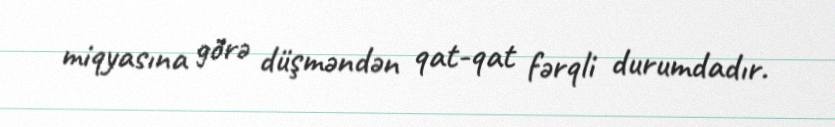
miqyasına görə düşməndən qat-qat fərqli durumdadır.